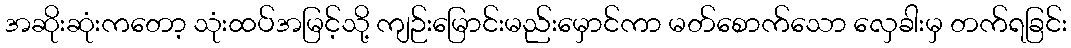
အဆိုးဆုံးကတော့ သုံးထပ်အမြင့်သို့ ကျဉ်းမြောင်းမည်းမှောင်ကာ မတ်စောက်သော လှေခါးမှ တက်ရခြင်း